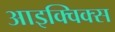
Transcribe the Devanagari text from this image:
आइक्विक्स